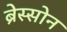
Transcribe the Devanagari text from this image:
ब्रेस्सोन